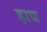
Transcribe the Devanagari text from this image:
हाध